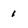
Character: 1